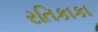
રતિકાકા